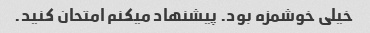
خیلی خوشمزه بود. پیشنهاد میکنم امتحان کنید.